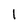
Character: 1